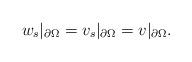
LaTeX: \begin{align*} w_s \vert_{\partial \Omega} = v_s \vert_{\partial \Omega} = v \vert_{\partial \Omega}. \end{align*}